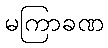
မကြာခဏ